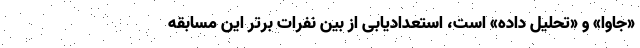
«جاوا» و «تحلیل داده» است، استعدادیابی از بین نفرات برتر این مسابقه